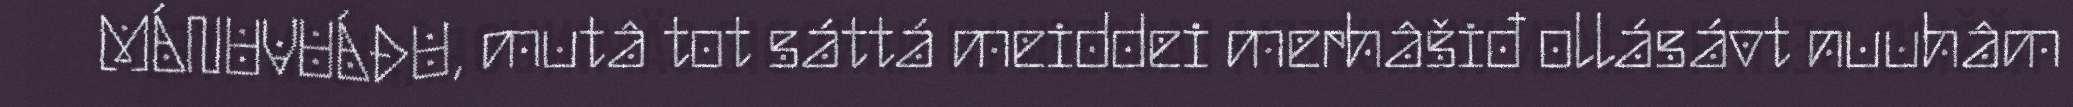
MÁNUVUÁĐU, mutâ tot sáttá meiddei merhâšiđ ollásávt nuuhâm